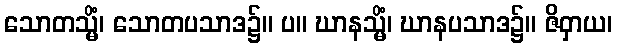
သောတသ္မိံ၊ သောတပသာဒ၌။ ပ။ ဃာနသ္မိံ၊ ဃာနပသာဒ၌။ ဇိဝှာယ၊